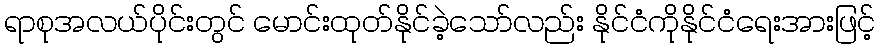
ရာစုအလယ်ပိုင်းတွင် မောင်းထုတ်နိုင်ခဲ့သော်လည်း နိုင်ငံကိုနိုင်ငံရေးအားဖြင့်